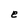
Character: e